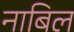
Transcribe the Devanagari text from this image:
नाबिल